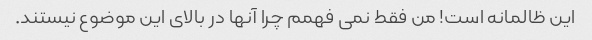
این ظالمانه است! من فقط نمی فهمم چرا آنها در بالای این موضوع نیستند.